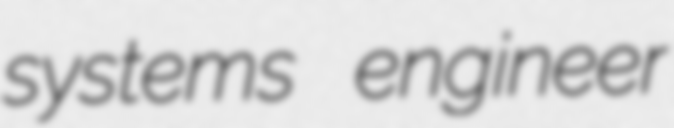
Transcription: systems engineer